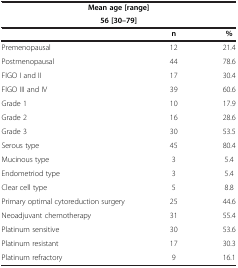
<table><thead><tr><td colspan="3"><b>Mean age [range]</b></td></tr><tr><td colspan="3"><b>56 [30–79]</b></td></tr><tr><td><b> </b></td><td><b>n</b></td><td><b>%</b></td></tr></thead><tbody><tr><td>Premenopausal</td><td>12</td><td>21.4</td></tr><tr><td>Postmenopausal</td><td>44</td><td>78.6</td></tr><tr><td>FIGO I and II</td><td>17</td><td>30.4</td></tr><tr><td>FIGO III and IV</td><td>39</td><td>60.6</td></tr><tr><td>Grade 1</td><td>10</td><td>17.9</td></tr><tr><td>Grade 2</td><td>16</td><td>28.6</td></tr><tr><td>Grade 3</td><td>30</td><td>53.5</td></tr><tr><td>Serous type</td><td>45</td><td>80.4</td></tr><tr><td>Mucinous type</td><td>3</td><td>5.4</td></tr><tr><td>Endometriod type</td><td>3</td><td>5.4</td></tr><tr><td>Clear cell type</td><td>5</td><td>8.8</td></tr><tr><td>Primary optimal cytoreduction surgery</td><td>25</td><td>44.6</td></tr><tr><td>Neoadjuvant chemotherapy</td><td>31</td><td>55.4</td></tr><tr><td>Platinum sensitive</td><td>30</td><td>53.6</td></tr><tr><td>Platinum resistant</td><td>17</td><td>30.3</td></tr><tr><td>Platinum refractory</td><td>9</td><td>16.1</td></tr></tbody></table>